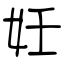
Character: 妊